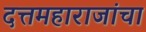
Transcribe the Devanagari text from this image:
दत्तमहाराजांचा